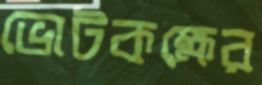
ভোটকক্ষের